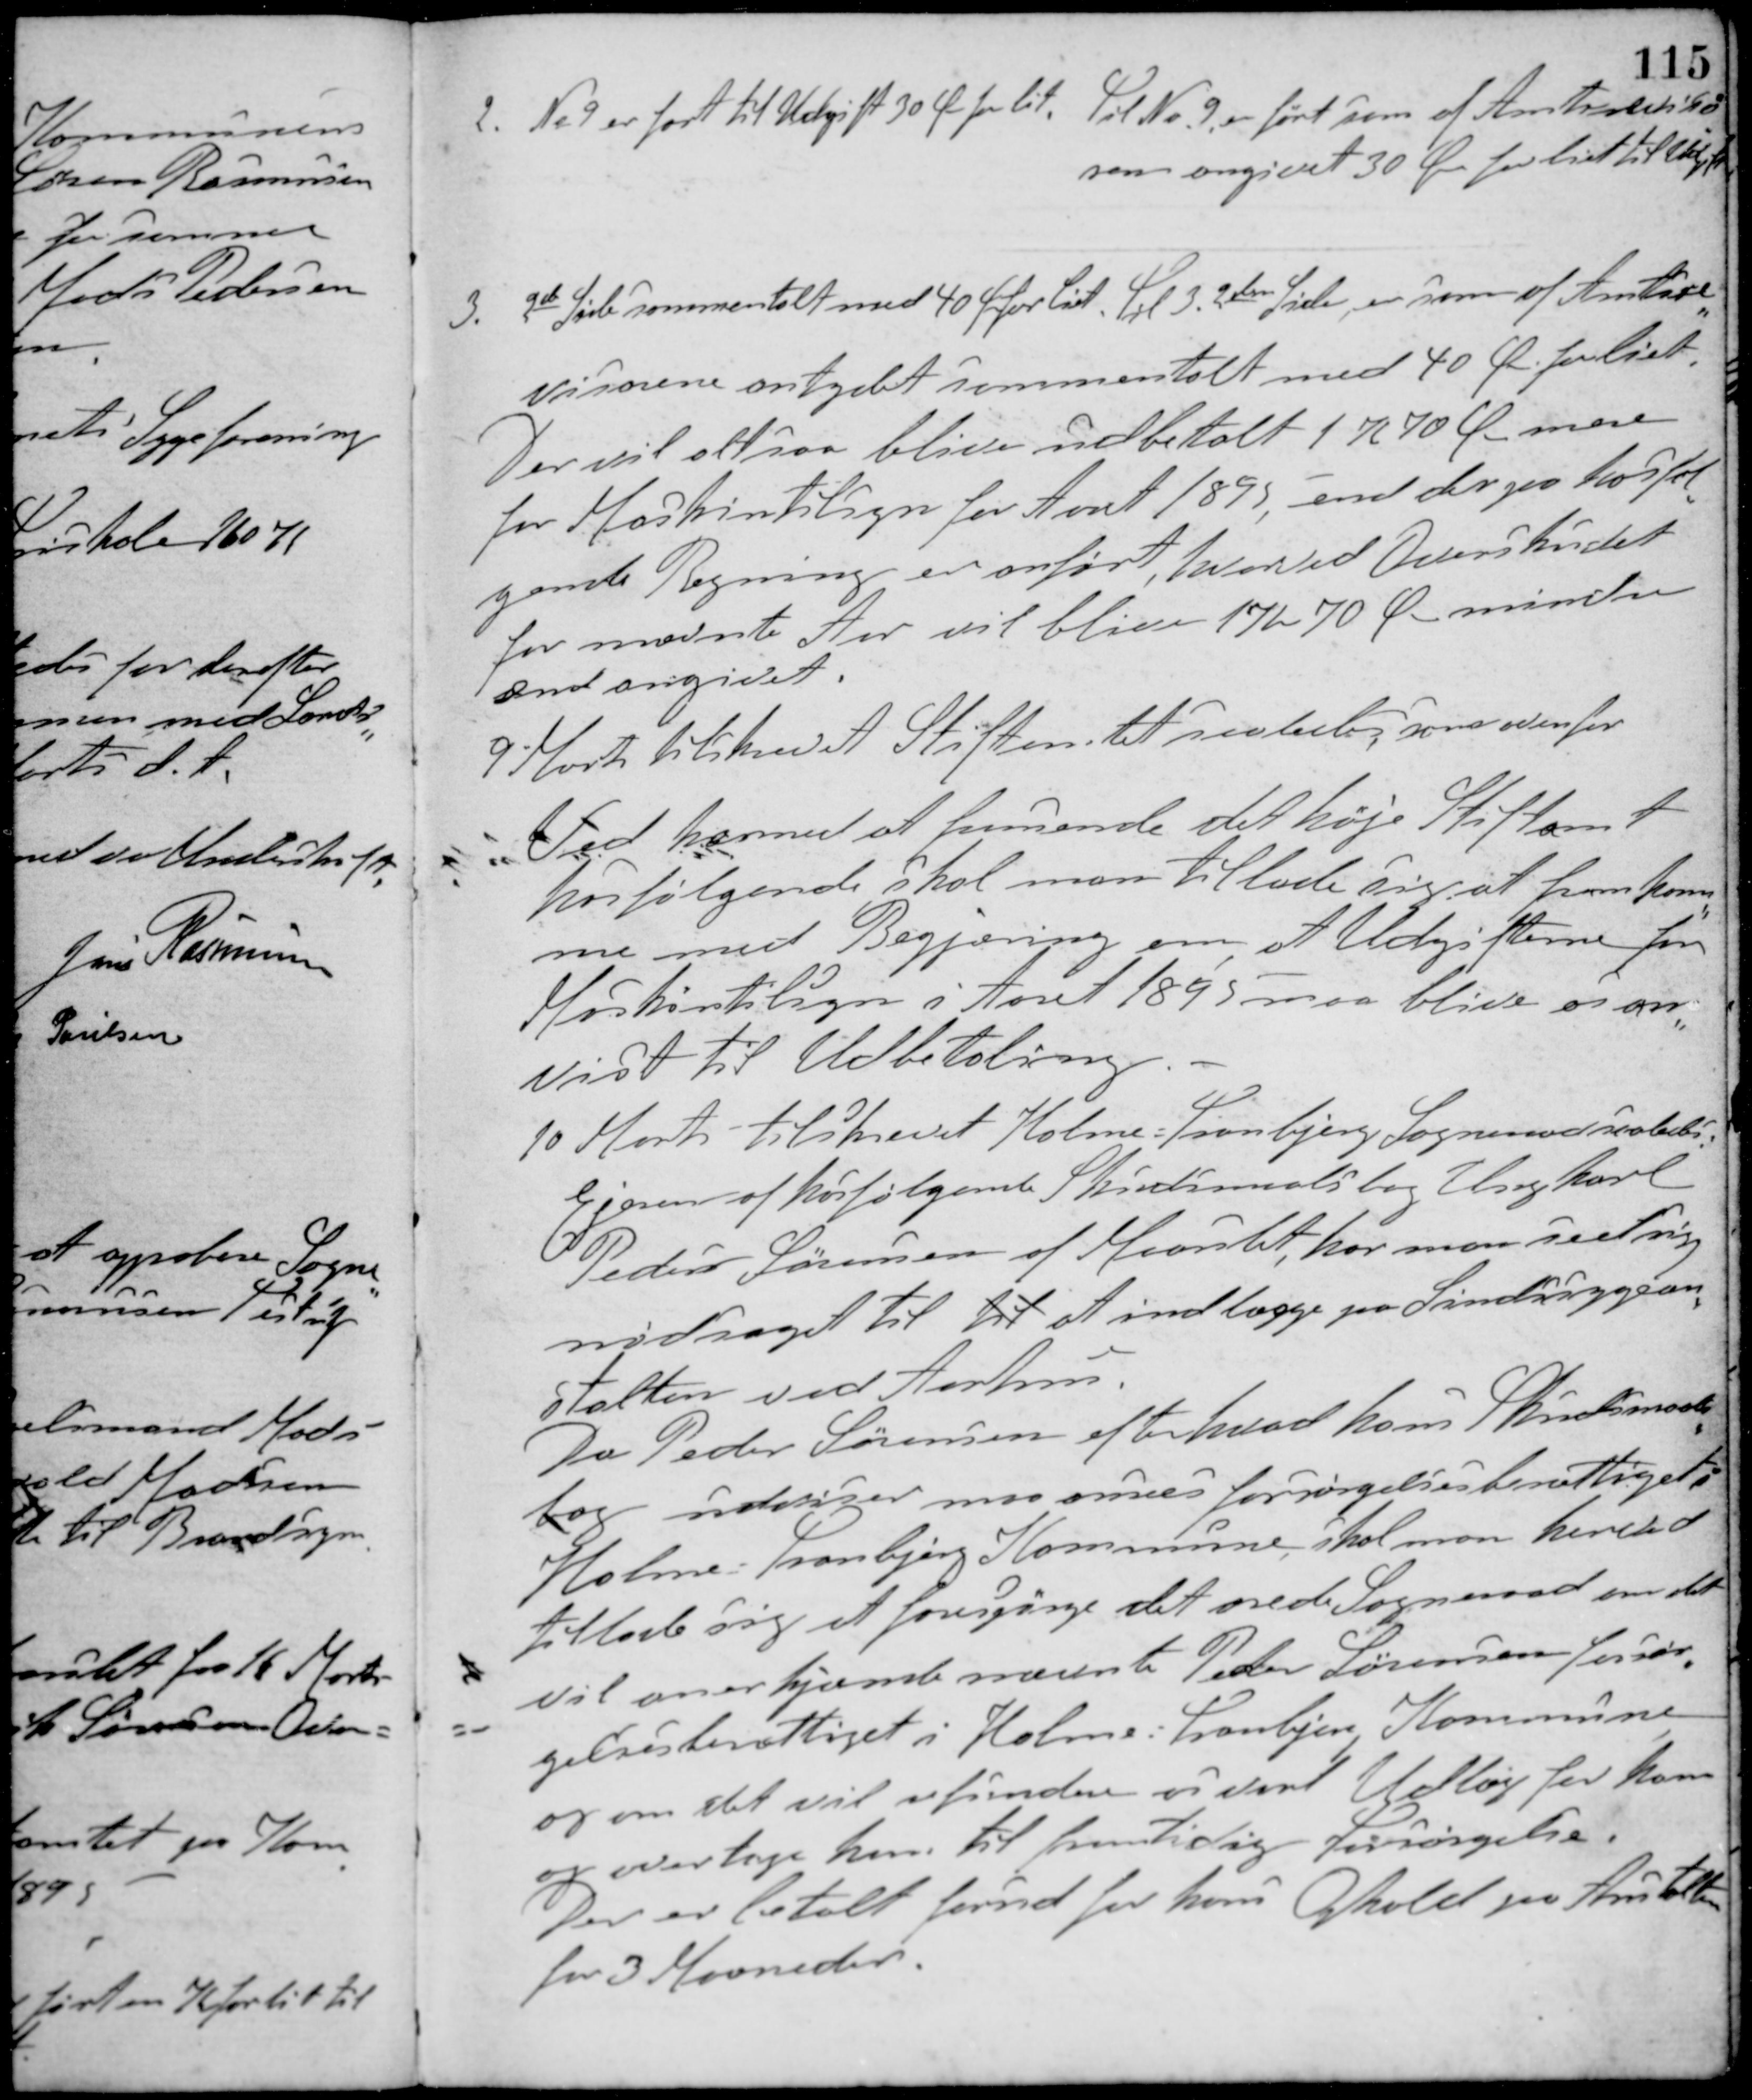
Transskription:
2. No 9 er ført til Udgift 30 Ø for lit. Til Nr. 9 er ført som af Amtsrevisor
som angivet 30 Øre for lidt til Udgift.
3. 2den Side sammentalt med 40 Ø for lidt. Til 3. 2den Side, er som af Amtsre-
visorerne antydet sammentalt med 40 Ø for lidt.
Der vil altsaa blive udbetalt 1 Kr. 70 Ø mere
for Maskintilsyn for Aaret 1895 end der paa hosfor
gamle Regning er anført, hvorved Overskudet
for nævnte Aar vil blive 17 K 70 Ø mindre
end angivet.
9 Marts tilskrevet Stiftamtet saaledes som ovenfor
Ved hermed at fremsende det høje Stiftamt
hosfølgende skal man tillade sig at fremkom-
me med Begjæring om, at Udgifterne for
maskintilsyn i Aaret 1895 maa blive os an-
vist til Udbetaling.
10 Marts tilskrevet Holme-Tranbjerg Sogneraad saaledes:
Ejeren af hosfølgende Skudsmaalsbog Ungkarl
Peder Sørensen af Maarslet, har man set sig
nødsaget til til at indlægge paa Sindssygean-
stalten ved Aarhus.
Da Peder Sørensen efter hvad hans Skudsmaals-
bog udviser maa anses forsørgelsesberettiget i
Holme-Tranbjerg Kommune skal man herved
tillade sig at forespørge det ærede Sogneraad om det
vil anerkjænde nævnte Peder Sørensen forsør-
gelsesberettiget i Holme-Tranbjerg Kommune
og om det vil refundere os vort Udlæg for ham
og overtage ham til fremtidig forsørgelse.
Der er betalt forud for hans Ophold paa Anstalten
for 3 Maaneder.